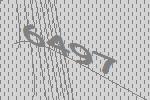
6497